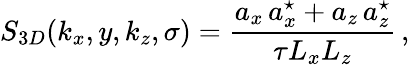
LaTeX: S_{3D}(k_{x},y,k_{z},\sigma)=\frac{a_{x}\, a_{x}^{\star}+a_{z}\, a_{z}^{\star}}{\tau L_{x}L_{z}}\, ,